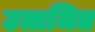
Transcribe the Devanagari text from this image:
उत्तजित